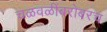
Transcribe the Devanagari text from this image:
चळवळींबरोबरच